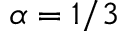
\alpha = 1 / 3